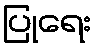
ပြုရေး